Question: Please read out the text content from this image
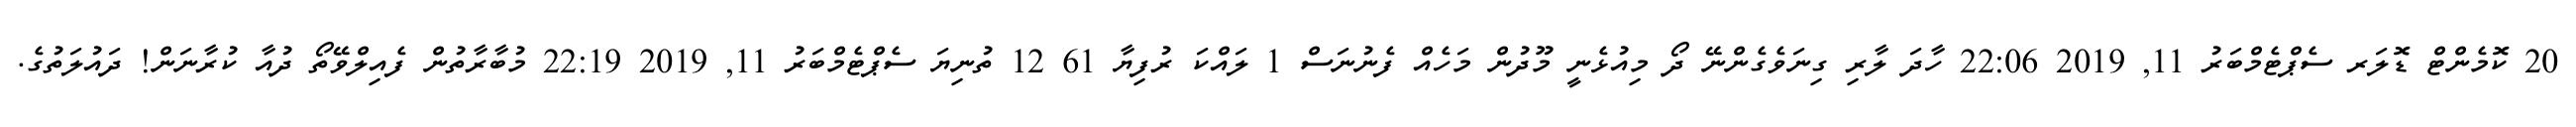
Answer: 20 ކޮމެންޓް ޑޮލަރ ސެޕްޓެމްބަރު 11, 2019 22:06 ހާދަ ލާރި ގިނަވެގެންނޭ ދޯ މިއުޅެނީ މޫދުން މަހެއް ފެނުނަސް 1 ލައްކަ ރުފިޔާ 61 12 ތުނިޔަ ސެޕްޓެމްބަރު 11, 2019 22:19 މުބާރާތުން ފެއިލްވޭތޯ ދުއާ ކުރާނަން! ދައުލަތުގެ.